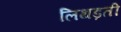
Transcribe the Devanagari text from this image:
लिथड़ती